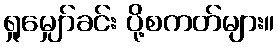
ရှုမျှော်ခင်း ပို့စကတ်များ။